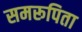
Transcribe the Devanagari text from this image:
समरूपिता